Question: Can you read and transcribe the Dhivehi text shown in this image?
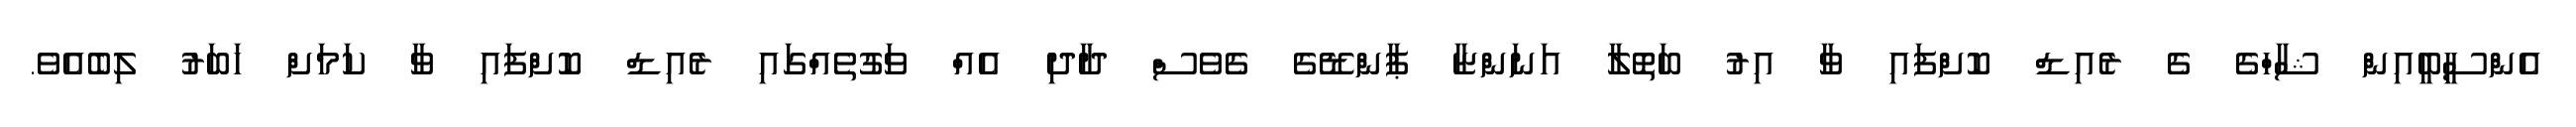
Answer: އެންސީބީއިން ޝާހްގެ ގެ ރެއިޑް ކޮށްފައި ވާ އިރު ބަތޮލާ އަނަންޏާ ޕާންޑޭގެ ގެވެސް ދާދި އެއް ވަގުތެއްގައި ރެއިޑް ކޮށްފައި ވާ ކަމަށް ހަބަރު ލިބެއެވެ.